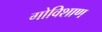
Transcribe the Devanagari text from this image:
गोविशाण